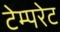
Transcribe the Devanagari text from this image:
टेम्‍परेट